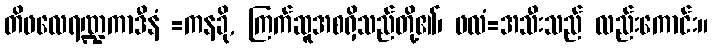
တိဖလေရဏ္ဍကာဒီနံ =ကနခို, ကြက်ဆူအစရှိသည်တို့၏၊ ဖလံ=အသီးသည် လည်းကောင်း။